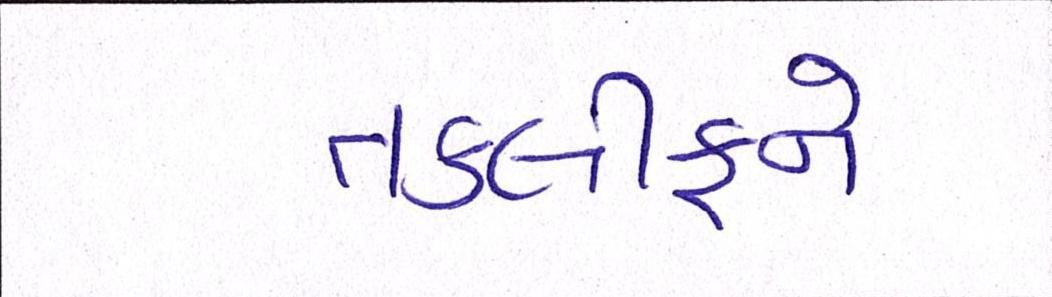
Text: તકલીફને